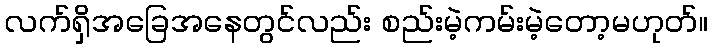
လက်ရှိအခြေအနေတွင်လည်း စည်းမဲ့ကမ်းမဲ့တော့မဟုတ်။